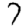
Digit: 7